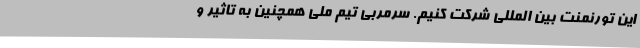
این تورنمنت بین المللی شرکت کنیم. سرمربی تیم ملی همچنین به تاثیر و